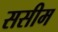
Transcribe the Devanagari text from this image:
ससीम